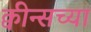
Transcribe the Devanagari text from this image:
क्वीन्सच्या